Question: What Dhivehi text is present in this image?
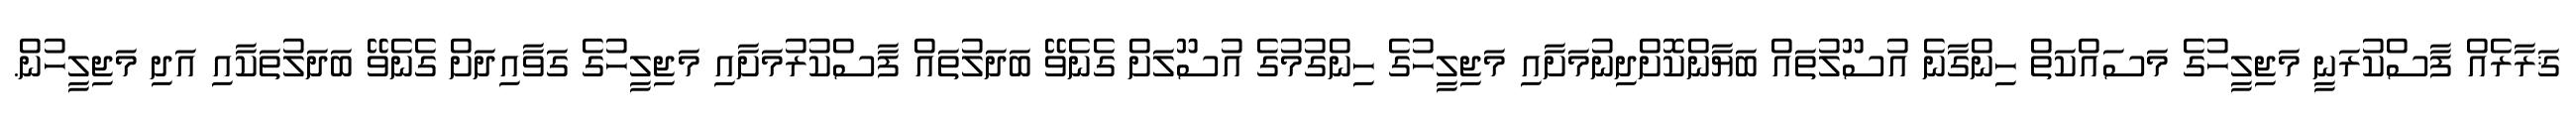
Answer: ޤަރާރެއް ފާސްކުރަނީ މަޖިލީހުގެ މަސައްކަތް ހިންގާނެ އުސޫލުތައް ބަޔާންކޮށްދިނުމަށާއި މަޖިލީހުގެ ހިންގުމުގެ އުސޫލަށް ގެނެވޭ ބަދަލުތައް ފާސްކުރުމަށާއި މަޖިލީހުގެ ގަވާއިދަށް ގެނެވޭ ބަދަލުތަކާއި އަދި މަޖިލީހުން.